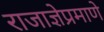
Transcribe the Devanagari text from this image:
राजाज्ञेप्रमाणे